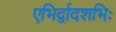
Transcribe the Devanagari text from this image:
एभिर्द्वादशभिः